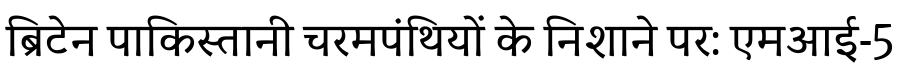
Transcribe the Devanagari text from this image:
ब्रिटेन पाकिस्तानी चरमपंथियों के निशाने पर: एमआई-5